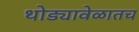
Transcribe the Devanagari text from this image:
थोड्यावेळातच